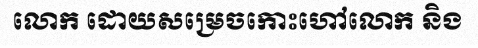
លោក ដោយសម្រេចកោះហៅលោក និង